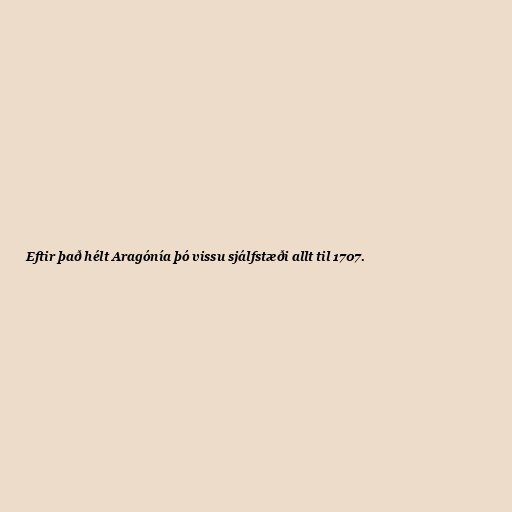
Eftir það hélt Aragónía þó vissu sjálfstæði allt til 1707.